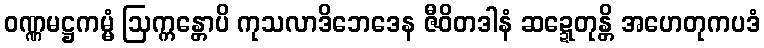
ဝဏ္ဏမဋ္ဌကမ္မံ ဩက္ကန္တောပိ ကုသလာဒိဘေဒေန ဇီဝိတဒါနံ ဆဍ္ဍေတုန္တိ အဟေတုကပဒံ